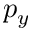
p _ { y }